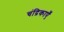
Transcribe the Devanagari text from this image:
चंद्रिकाएँ